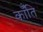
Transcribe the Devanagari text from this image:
कॉँति